Leaving Certificate Examination (including Day School Certificate (Higher) General paper), 1935
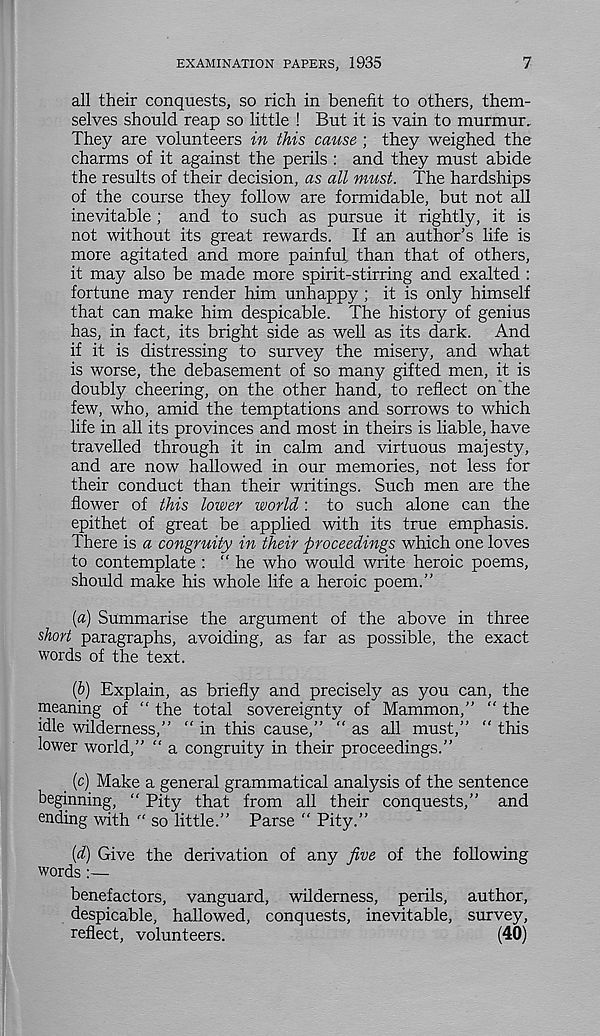
EXAMINATION PAPERS, 1935
7
all their conquests, so rich in benefit to others, them-
selves should reap so little ! But it is vain to murmur.
They are volunteers in this cause ; they weighed the
charms of it against the perils : and they must abide
the results of their decision, as all must. The hardships
of the course they follow are formidable, but not all
inevitable ; and to such as pursue it rightly, it is
not without its great rewards. If an author’s life is
more agitated and more painful than that of others,
it may also be made more spirit-stirring and exalted :
fortune may render him unhappy ; it is only himself
that can make him despicable. The history of genius
has, in fact, its bright side as well as its dark. And
if it is distressing to survey the misery, and what
is worse, the debasement of so many gifted men, it is
doubly cheering, on the other hand, to reflect on'the
few, who, amid the temptations and sorrows to which
life in all its provinces and most in theirs is liable, have
travelled through it in calm and virtuous majesty,
and are now hallowed in our memories, not less for
their conduct than their writings. Such men are the
flower of this lower world: to such alone can the
epithet of great be applied with its true emphasis.
There is a congruity in their proceedings which one loves
to contemplate : “ he who would write heroic poems,
should make his whole life a heroic poem.”
[a) Summarise the argument of the above in three
short paragraphs, avoiding, as far as possible, the exact
words of the text.
ip) Explain, as briefly and precisely as you can, the
meaning of “ the total sovereignty of Mammon,” “ the
idle wilderness,” “ in this cause,” “ as all must,” “ this
lower world,” “ a congruity in their proceedings.”
(c) Make a general grammatical analysis of the sentence
beginning, “ Pity that from all their conquests,” and
ending with “ so little.” Parse “ Pity.”
[d) Give the derivation of any five of the following
words :—
benefactors, vanguard, wilderness, perils, author,
despicable, hallowed, conquests, inevitable, survey,
reflect, volunteers.
(40)